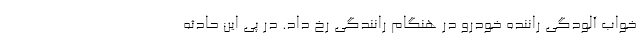
خواب آلودگی راننده خودرو در هنگام رانندگی رخ داد. در پی این حادثه